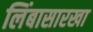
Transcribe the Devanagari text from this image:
लिंबासारखा